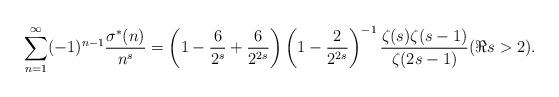
LaTeX: \begin{align*} \sum_{n=1}^{\infty} (-1)^{n-1} \frac{\sigma^*(n)}{n^s} =\left(1-\frac{6}{2^s}+\frac{6}{2^{2s}}\right)\left(1-\frac2{2^{2s}}\right)^{-1}\frac{\zeta(s)\zeta(s-1)}{\zeta(2s-1)} (\Re s>2).\end{align*}